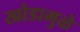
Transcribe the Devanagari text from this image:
खोडामुळे